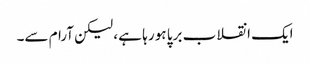
ایک انقلاب برپا ہو رہا ہے ، لیکن آرام سے۔